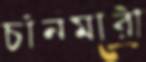
চাঁনমারী